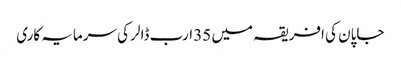
جاپان کی افریقہ میں 35 ارب ڈالر کی سرمایہ کاری